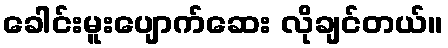
ခေါင်းမူးပျောက်ဆေး လိုချင်တယ်။